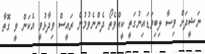
ނަޝީދަށް ވިސާ ލިބިވަޑައިނުގަތީ ކީއްވެތޯ ދެންނެވުމުން ރައީސް ވިދާޅުވީ އެކަން ވީ ގޮތާ